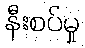
နီးစပ်မှု